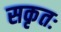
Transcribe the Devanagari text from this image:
सकृतः